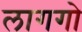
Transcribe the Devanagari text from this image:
लागगो